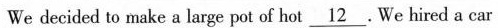
We decided to make a large pot of hot \underline{12}.We hired a car